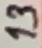
Text: 13